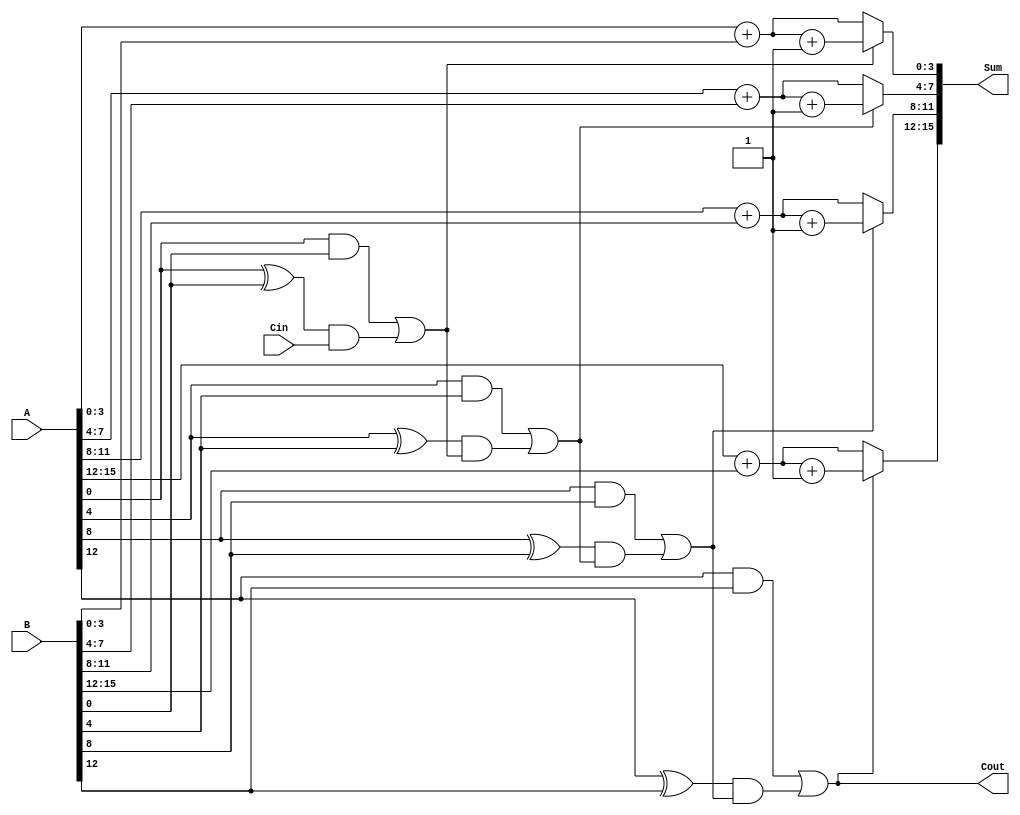
module CarrySelectAdder (
    input [15:0] A,        // 16-bit input A
    input [15:0] B,        // 16-bit input B
    input Cin,             // Carry-in
    output [15:0] Sum,     // 16-bit Sum output
    output Cout            // Carry-out
);

    wire [3:0] Sum0 [3:0]; // Sum outputs for carry-in = 0
    wire [3:0] Sum1 [3:0]; // Sum outputs for carry-in = 1
    wire [3:0] G;          // Generate signals
    wire [3:0] P;          // Propagate signals
    wire [3:0] C;          // Carry-out signals for each segment
    wire [3:0] C_temp;     // Temporary carry signals for multiplexing

    // Generate and propagate signals for each segment
    genvar i;
    generate
        for (i = 0; i < 4; i = i + 1) begin : segment
            // Compute Sum and Carry for carry-in = 0
            assign Sum0[i] = A[i*4 +: 4] + B[i*4 +: 4];
            assign G[i] = A[i*4 +: 4] & B[i*4 +: 4];
            assign P[i] = A[i*4 +: 4] ^ B[i*4 +: 4];

            // Compute Sum and Carry for carry-in = 1
            assign Sum1[i] = A[i*4 +: 4] + B[i*4 +: 4] + 1'b1;
        end
    endgenerate

    // Compute carry-out for each segment
    assign C[0] = G[0] | (P[0] & Cin);
    assign C[1] = G[1] | (P[1] & C[0]);
    assign C[2] = G[2] | (P[2] & C[1]);
    assign C[3] = G[3] | (P[3] & C[2]);

    // MUX to select the final sum based on carry-out
    assign Sum[3:0] = C[0] ? Sum1[0] : Sum0[0];
    assign Sum[7:4] = C[1] ? Sum1[1] : Sum0[1];
    assign Sum[11:8] = C[2] ? Sum1[2] : Sum0[2];
    assign Sum[15:12] = C[3] ? Sum1[3] : Sum0[3];

    // Final carry-out
    assign Cout = C[3];

endmodule